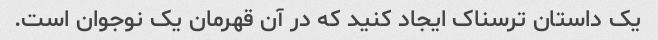
یک داستان ترسناک ایجاد کنید که در آن قهرمان یک نوجوان است.